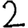
Digit: 2